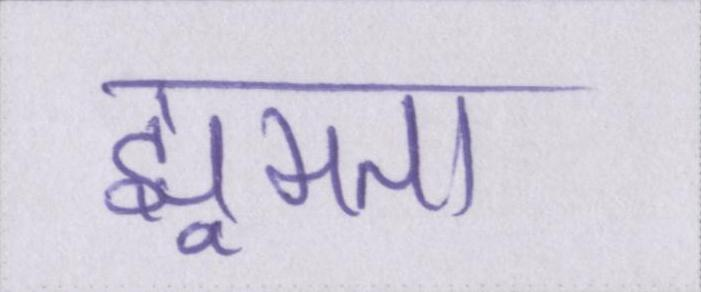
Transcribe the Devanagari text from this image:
झूमता